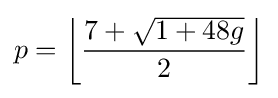
p=\left\lfloor {\frac {7+{\sqrt {1+48g}}}{2}}\right\rfloor